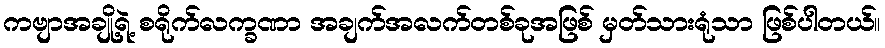
ကဗျာအချို့ရဲ့ စရိုက်လက္ခဏာ အချက်အလက်တစ်ခုအဖြစ် မှတ်သားရုံသာ ဖြစ်ပါတယ်။